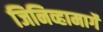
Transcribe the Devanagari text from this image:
जिनिव्हामार्गे